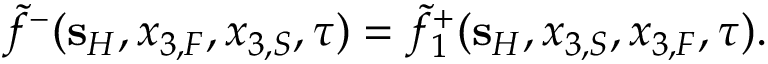
\tilde { f } ^ { - } ( { \bf s } _ { H } , x _ { 3 , F } , x _ { 3 , S } , \tau ) = \tilde { f } _ { 1 } ^ { + } ( { \bf s } _ { H } , x _ { 3 , S } , x _ { 3 , F } , \tau ) .